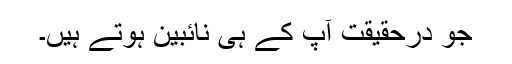
جو درحقیقت آپ کے ہی نائبین ہوتے ہیں۔